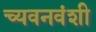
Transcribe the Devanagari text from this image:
च्यवनवंशी